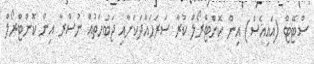
ސްޓޭޓް (އައިއެސް) އިން ކޮންޓްރޯލް ކުރާ ސަރަހައްދަކަށާއި ޖަބުހަތުއް ނުސްރާ އިން ކޮންޓްރޯލް